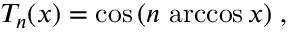
T _ { n } ( x ) = \cos { ( n \, \operatorname { a r c c o s } { x } ) } \; ,